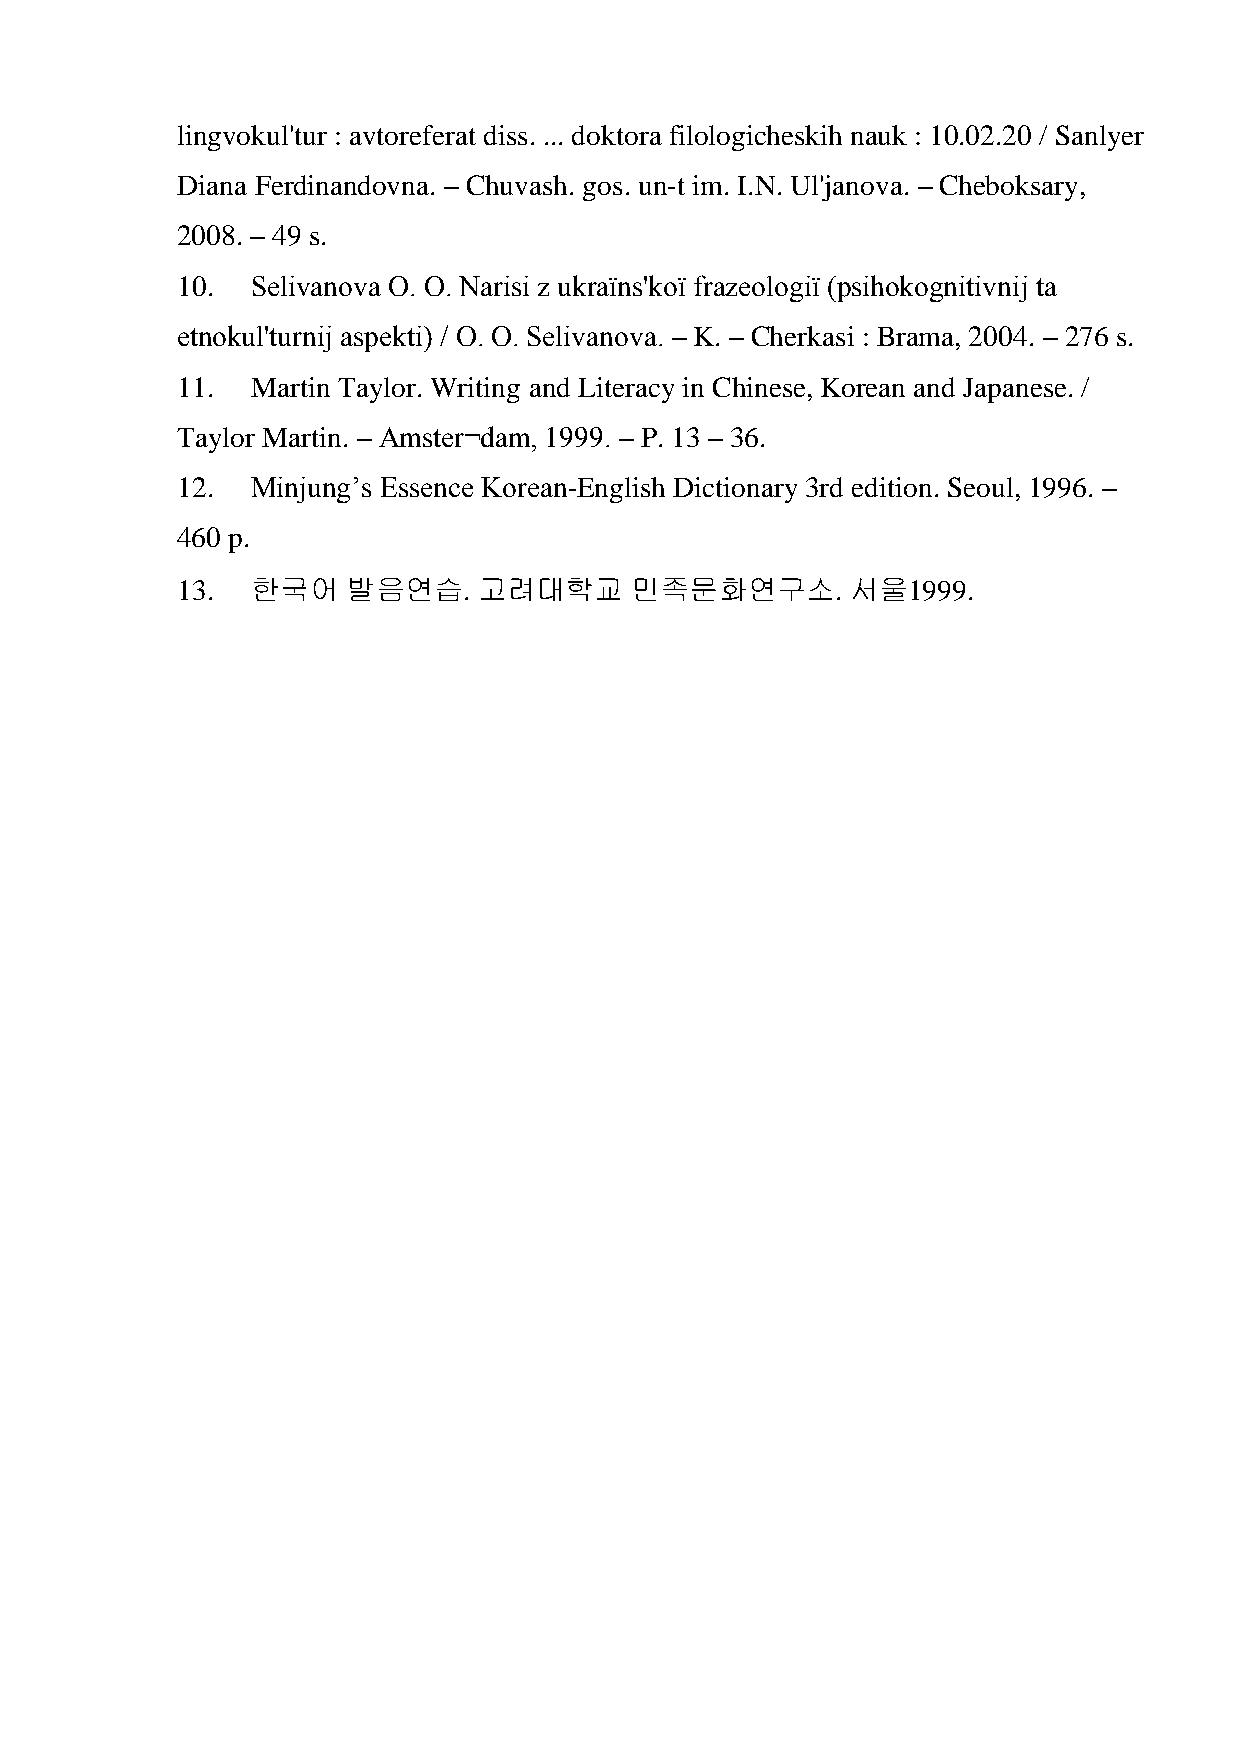
lingvokul'tur : avtoreferat diss. ... doktora filologicheskih nauk : 10.02.20 / Sanlyer
 Diana Ferdinandovna. – Chuvash. gos. un-t im. I.N. Ul'janova. – Cheboksary,
 2008. – 49 s.
 10.  Selіvanova O. O. Narisi z ukraїns'koї frazeologії (psihokognіtivnij ta
 etnokul'turnij aspekti) / O. O. Selіvanova. – K. – Cherkasi : Brama, 2004. – 276 s.
 11.  Martin Taylor. Writing and Literacy in Chinese, Korean and Japanese. /
 Taylor Martin. – Amster¬dam, 1999. – P. 13 – 36.
 12.  Minjung’s Essence Korean-English Dictionary 3rd edition. Seoul, 1996. –
 460 p.
 13.  한국어   발음연습.    고려대학교     민족문화연구소.      서울1999.